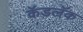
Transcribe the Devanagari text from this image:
कॅडलॅक